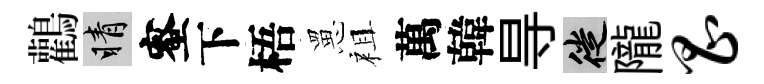
鸛睛蜜下梧罳祖萬韓㝵徙隴昌